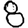
Digit: 8